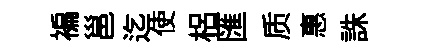
褊邕迄使梠匯质惠誅